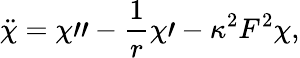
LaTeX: \ddot{\chi}=\chi\prime\prime-\frac{1}{r}\chi\prime-\kappa^{2}F^{2}\chi,